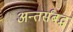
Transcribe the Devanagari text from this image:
अन्तर्संबद्ध